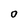
Character: O